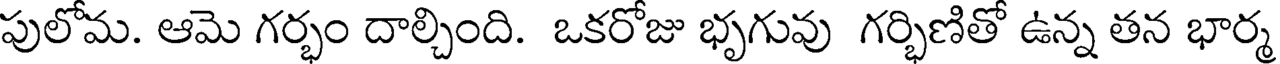
పులోమ. ఆమె గర్భం దాల్చింది. ఒకరోజు భృగువు గర్భిణితో ఉన్న తన భార్మ